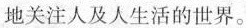
地关注人及人生活的世界。